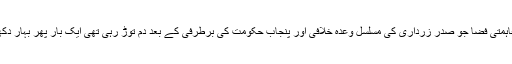
نتیجتاً وہ مفاہمتی فضا جو صدر زرداری کی مسلسل وعدہ خلافی اور پنجاب حکومت کی برطرفی کے بعد دم توڑ رہی تھی ایک بار پھر بہار دکھلانے لگی۔